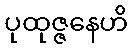
ပုထုဇ္ဇနေဟိ